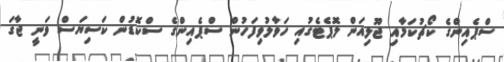
ސްޕެއިންގެ ކޯޗުކަމާއި ޖޫލިއަން ލޮޕެޓެގުއި ހަވާލުވިފަހުން ސްޕެއިންގެ ސްކޮޑުން ކަސިޔަސް ވަނީ ޖާގަ